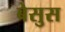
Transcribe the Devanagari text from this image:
बेसुस